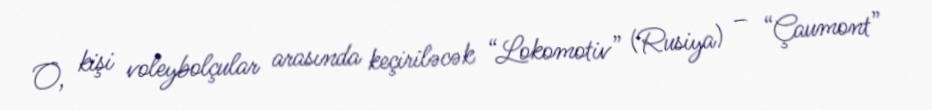
O, kişi voleybolçular arasında keçiriləcək “Lokomotiv” (Rusiya) – “Çaumont”